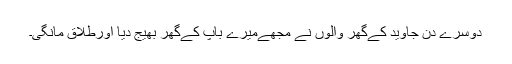
دوسرے دن جاوید کےگھر والوں نے مجھےمیرے باپ کےگھر بھیج دیا اورطلاق مانگی۔